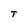
Character: T